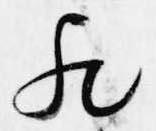
歟